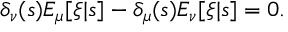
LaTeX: \delta _ { \nu } ( s ) E _ { \mu } [ \xi | s ] - \delta _ { \mu } ( s ) E _ { \nu } [ \xi | s ] = 0 .